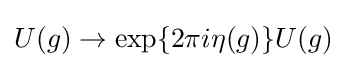
U(g)\to \exp\{2\pi i\eta (g)\}U(g)